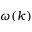
\omega ( k )